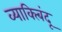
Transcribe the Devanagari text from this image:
व्याक्त्बिंदू